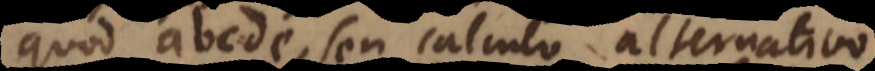
quod abcde, seu calculo alternativo